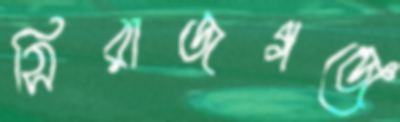
সিরাজগঞ্জে